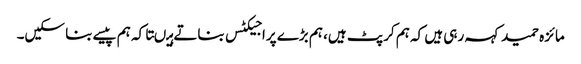
مائزہ حمید کہہ رہی ہیں کہ ہم کرپٹ ہیں، ہم بڑے پراجیکٹس بناتے ہیںتاکہ ہم پیسے بنا سکیں۔